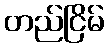
တည်ငြိမ်